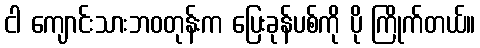
ငါ ကျောင်းသားဘဝတုန်းက ပြေးခုန်ပစ်ကို ပို ကြိုက်တယ်။